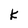
Character: k